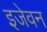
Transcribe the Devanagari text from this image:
इजेवन